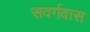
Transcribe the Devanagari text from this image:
सवर्गवास